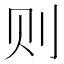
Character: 则